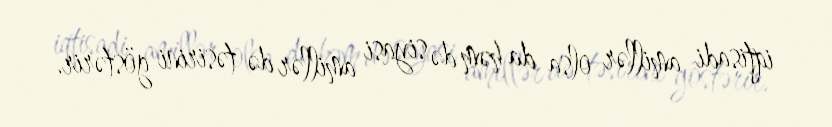
iqtisadi amillər olsa da həm də siyasi amillər də təsirini göstərir.